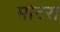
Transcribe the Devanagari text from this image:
मोटरा